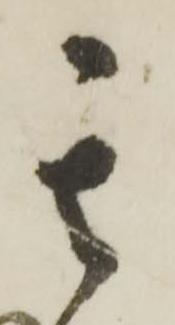
其